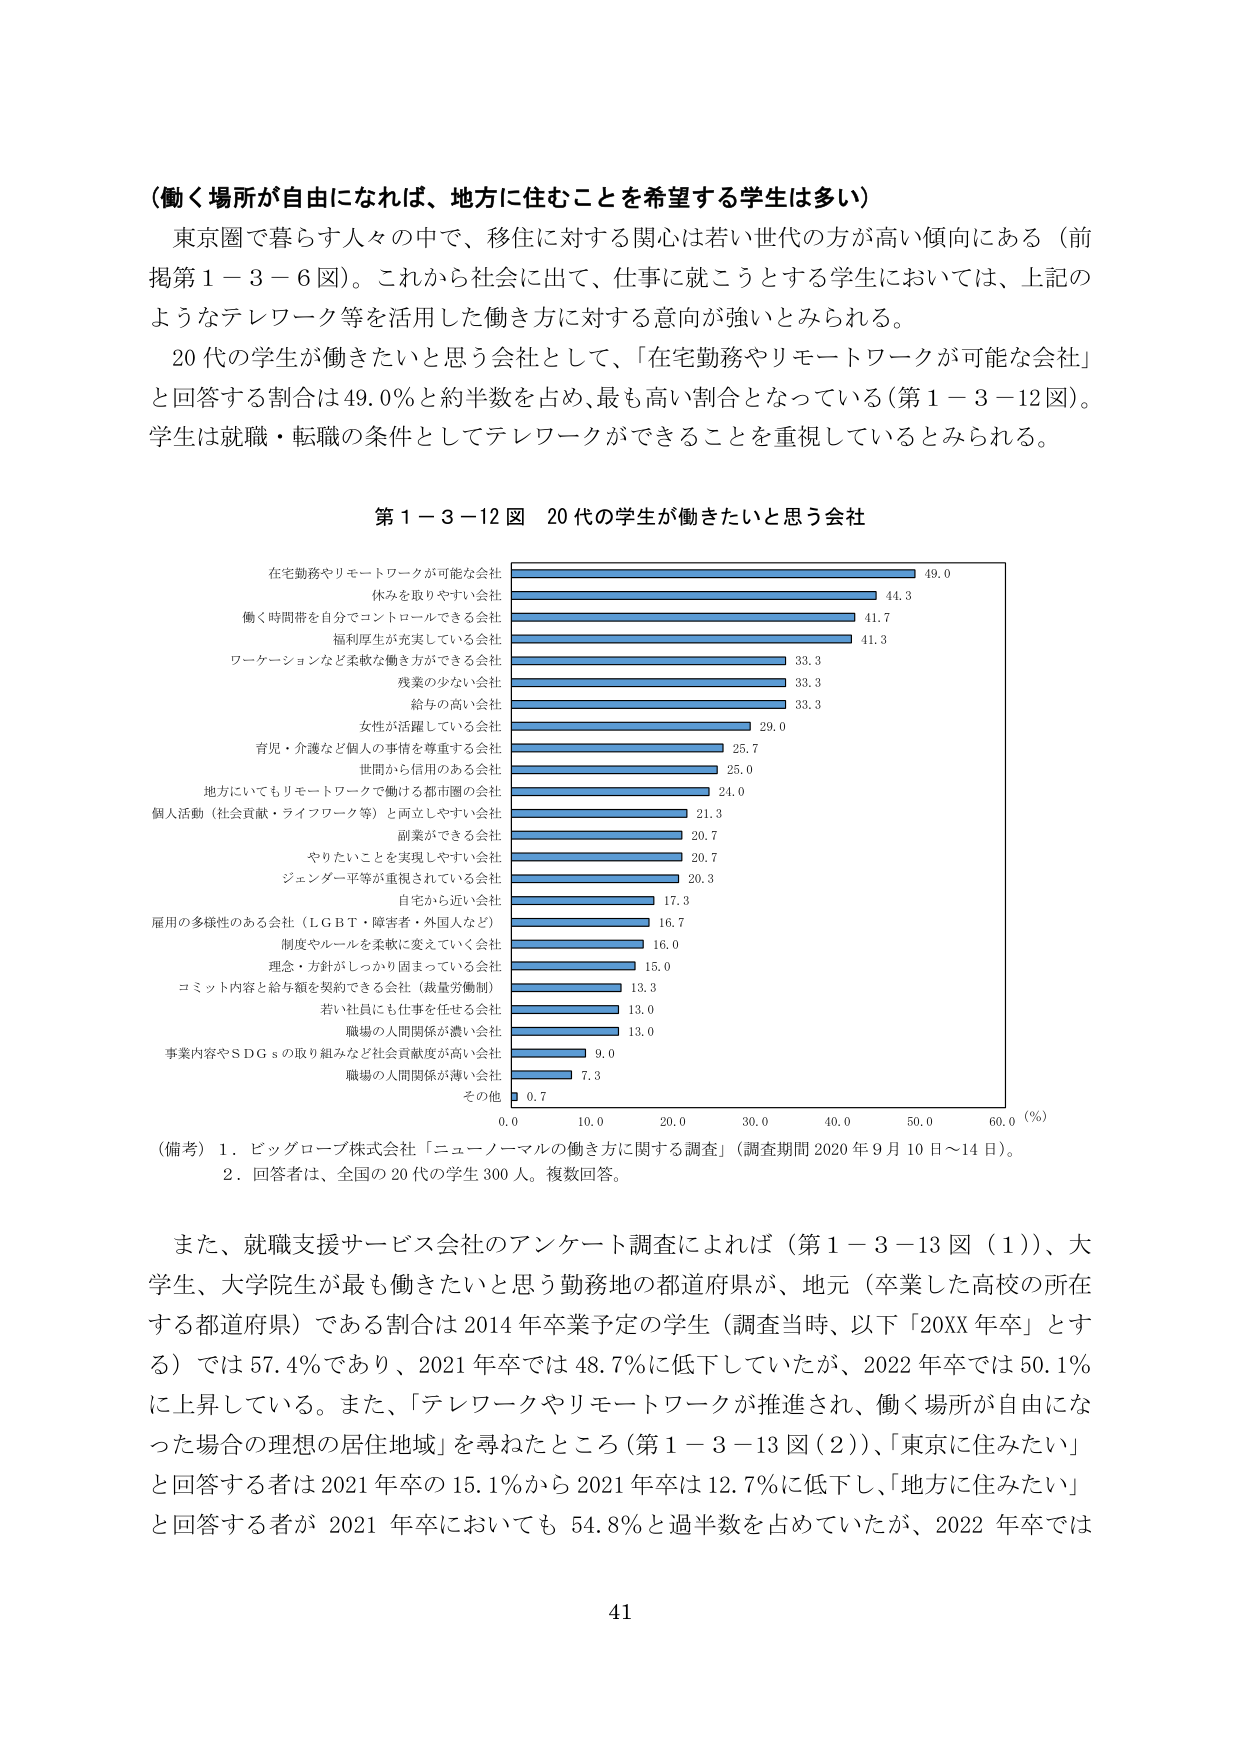
（働く場所が自由になれば、地方に住むことを希望する学生は多い）

東京圏で暮らす人々の中で、移住に対する関心は若い世代の方が高い傾向にある（前掲第１－３－６図）。これから社会に出て、仕事に就こうとする学生においては、上記のようなテレワーク等を活用した働き方に対する意向が強いとみられる。

20代の学生が働きたいと思う会社として、「在宅勤務やリモートワークが可能な会社」と回答する割合は49.0％と約半数を占め、最も高い割合となっている（第１－３－12図）。学生は就職・転職の条件としてテレワークができることを重視しているとみられる。

第１－３－12図　20代の学生が働きたいと思う会社

在宅勤務やリモートワークが可能な会社　49.0
休みを取りやすい会社　　　　　　　　44.3
働く時間帯を自分でコントロールできる会社　41.7
福利厚生が充実している会社　　　　　　41.3
ワーケーションなど柔軟な働き方ができる会社　33.3
残業の少ない会社　　　　　　　　　　　33.3
給与の高い会社　　　　　　　　　　　　33.3
女性が活躍している会社　　　　　　　　29.0
育児・介護など個人の事情を尊重する会社　25.7
世間から信用のある会社　　　　　　　　25.0
地方にいてもリモートワークで働ける都市圏の会社　24.0
個人活動（社会貢献・ライフワーク等）と両立しやすい会社　21.3
副業ができる会社　　　　　　　　　　　20.7
やりたいことを実現しやすい会社　　　　20.7
ジェンダー平等が重視されている会社　　20.3
自宅から近い会社　　　　　　　　　　　17.3
雇用の多様性のある会社（LGBT・障害者・外国人など）　16.7
制度やルールを柔軟に変えていく会社　　16.0
理念・方針がしっかり固まっている会社　15.0
コミット内容と給与額を契約できる会社（裁量労働制）　13.3
若い社員にも仕事を任せる会社　　　　　13.0
職場の人間関係が濃い会社　　　　　　　13.0
事業内容やSDGsの取り組みなど社会貢献度が高い会社　9.0
職場の人間関係が薄い会社　　　　　　　7.3
その他　　　　　　　　　　　　　　　　0.7

（備考）1．ビッグローブ株式会社「ニューノーマルの働き方に関する調査」（調査期間2020年9月10日～14日）。
　　　2．回答者は、全国の20代の学生300人。複数回答。

また、就職支援サービス会社のアンケート調査によれば（第１－３－13図（1））、大学生、大学院生が最も働きたいと思う勤務地の都道府県が、地元（卒業した高校の所在する都道府県）である割合は2014年卒業予定の学生（調査当時、以下「20XX年卒」とする）では57.4％であり、2021年卒では48.7％に低下していたが、2022年卒では50.1％に上昇している。また、「テレワークやリモートワークが推進され、働く場所が自由になった場合の理想の居住地域」を尋ねたところ（第１－３－13図（2））、「東京に住みたい」と回答する者は2021年卒の15.1％から2021年卒は12.7％に低下し、「地方に住みたい」と回答する者が2021年卒においても54.8％と過半数を占めていたが、2022年卒では

41